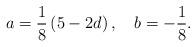
LaTeX: \begin{align*}a=\frac{1}{8}\left( 5-2d\right) ,\quad b=-\frac{1}{8}.\end{align*}